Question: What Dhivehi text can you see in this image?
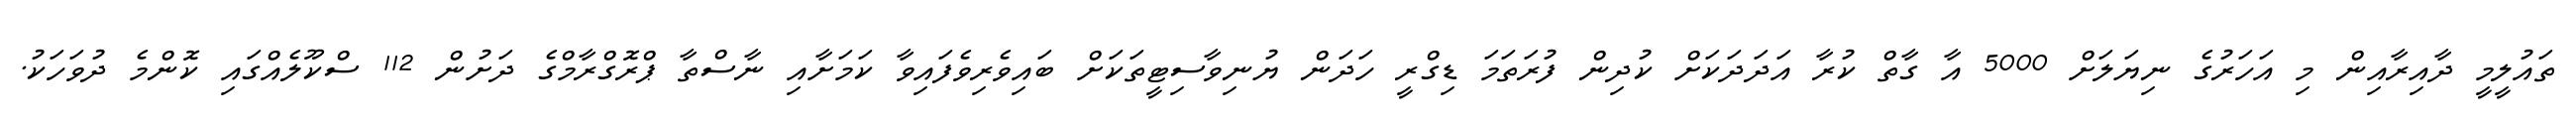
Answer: ތައުލީމީ ދާއިރާއިން މި އަހަރުގެ ނިޔަލަށް 5000 އާ ގާތް ކުރާ އަދަދަކަށް ކުދިން ފުރަތަމަ ޑިގްރީ ހަދަން ޔުނިވާސިޓީތަކަށް ބައިވެރިވެފައިވާ ކަމަށާއި ނާސްތާ ޕްރޮގްރާމްގެ ދަށުން 112 ސްކޫލެއްގައި ކޮންމެ ދުވަހަކު.